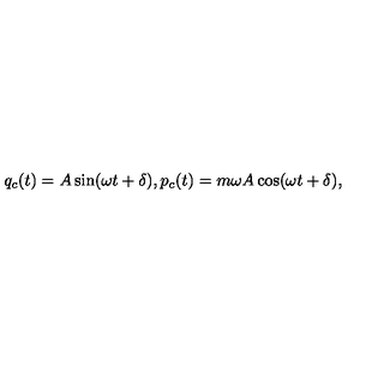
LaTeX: q _ { c } ( t ) = A \sin ( \omega t + \delta ) , p _ { c } ( t ) = m \omega A \cos ( \omega t + \delta ) ,